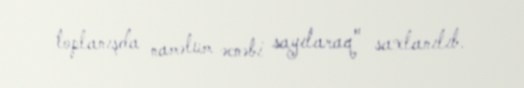
toplanışda naməlum əcnəbi sayılaraq" saxlanılıb.